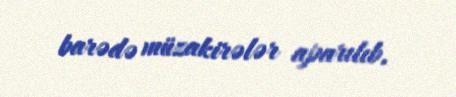
barədə müzakirələr aparılıb.